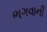
ભગવાની